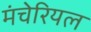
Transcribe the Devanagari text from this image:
मंचेरियल